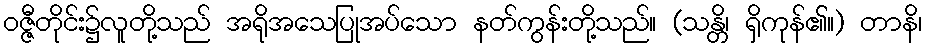
ဝဇ္ဇီတိုင်း၌လူတို့သည် အရိုအသေပြုအပ်သော နတ်ကွန်းတို့သည်။ (သန္တိ၊ ရှိကုန်၏။) တာနိ၊